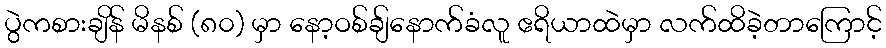
ပွဲကစားချိန် မိနစ် (၈၀) မှာ နော့ဝစ်ချ်နောက်ခံလူ ဧရိယာထဲမှာ လက်ထိခဲ့တာကြောင့်